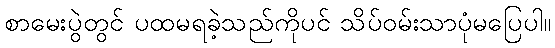
စာမေးပွဲတွင် ပထမရခဲ့သည်ကိုပင် သိပ်ဝမ်းသာပုံမပြေပါ။